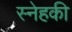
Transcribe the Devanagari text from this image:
स्नेहकी